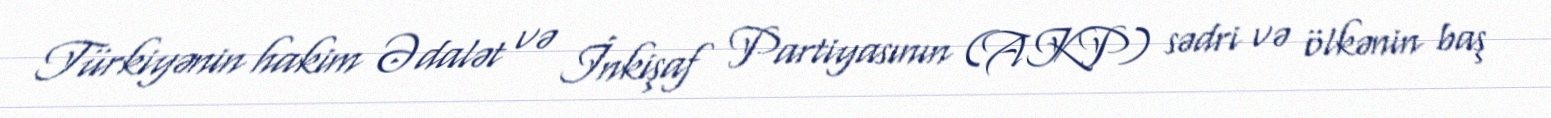
Türkiyənin hakim Ədalət və İnkişaf Partiyasının (AKP) sədri və ölkənin baş